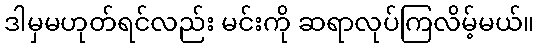
ဒါမှမဟုတ်ရင်လည်း မင်းကို ဆရာလုပ်ကြလိမ့်မယ်။